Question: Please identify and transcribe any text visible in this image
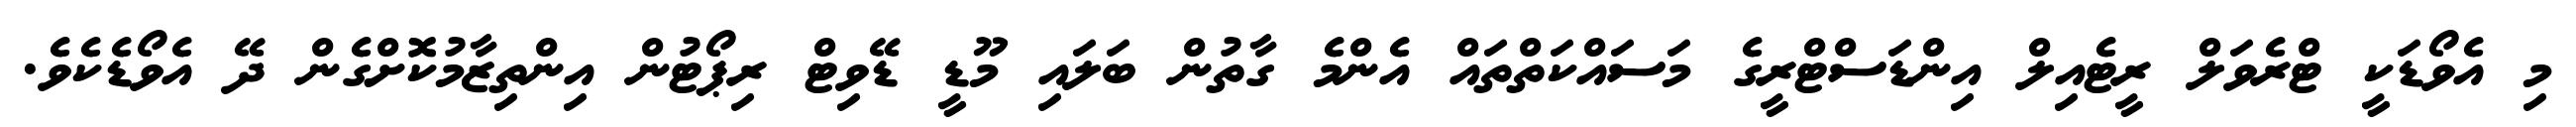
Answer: މި އެވޯޑަކީ ޓްރެވަލް ރީޓެއިލް އިންޑަސްޓްރީގެ މަސައްކަތްތައް އެންމެ ގާތުން ބަލައި މޫޑީ ޑޭވިޓް ރިޕޯޓުން އިންތިޒާމުކޮށްގެން ދޭ އެވޯޑެކެވެ.